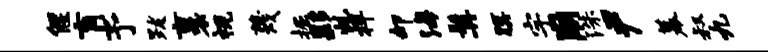
偃肓予跋裹视蔑掘夥虬捍却海髯暝宇崩洙尹幕叔九